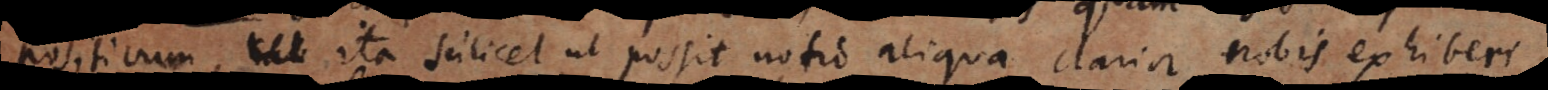
positivum, ita scilicet ut possit notio aliqua clarior nobis exhiberi,